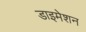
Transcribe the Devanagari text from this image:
डाइमेशन